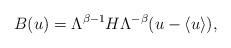
LaTeX: \begin{align*}B(u)=\Lambda^{\beta-1}H\Lambda^{-\beta}(u-\langle u \rangle),\end{align*}